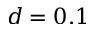
d = 0 . 1